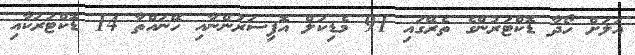
އަލަށް ހޯދާ ޑޮކްޓަރުންގެ ތެރޭގައި 91 މެޑިކަލް އޮފިސަރުންނާއި ހޭނައްތާ 14 ޑޮކްޓަރަކާއި